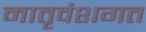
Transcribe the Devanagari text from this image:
मातृवंशगत